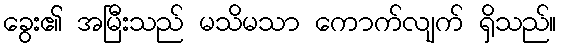
ခွေး၏ အမြီးသည် မသိမသာ ကောက်လျက် ရှိသည်။